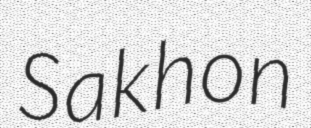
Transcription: Sakhon